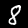
Digit: 8